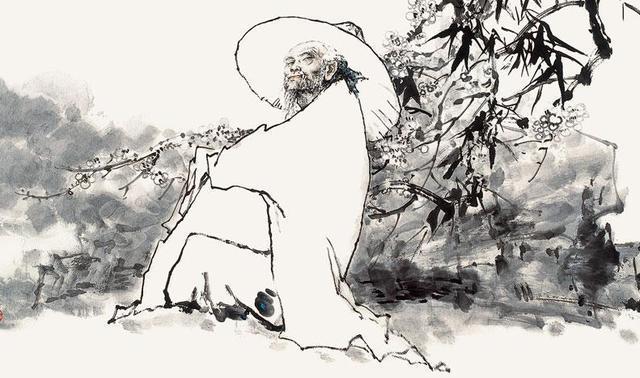
壮岁从戎，曾是气吞残虏。